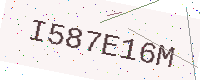
Text: I587E16M